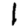
Digit: 1